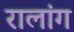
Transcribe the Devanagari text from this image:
रालांग